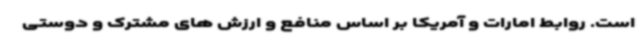
است. روابط امارات و آمریکا بر اساس منافع و ارزش های مشترک و دوستی